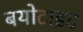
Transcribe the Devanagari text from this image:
बयोटाइट